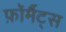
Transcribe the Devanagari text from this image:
फ़ॉर्मैट्स